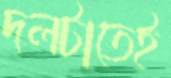
দলটাতেই